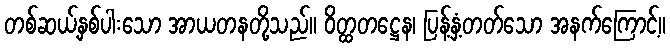
တစ်ဆယ့်နှစ်ပါးသော အာယတနတို့သည်။ ဝိတ္ထတဋ္ဌေန၊ ပြန့်နှံ့တတ်သော အနက်ကြောင့်။